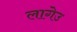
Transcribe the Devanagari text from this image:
लागेउ